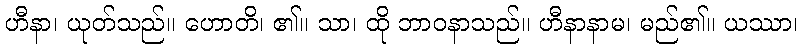
ဟီနာ၊ ယုတ်သည်။ ဟောတိ၊ ၏။ သာ၊ ထို ဘာဝနာသည်။ ဟီနာနာမ၊ မည်၏။ ယဿာ၊